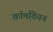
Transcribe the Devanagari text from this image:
कॉमतियन